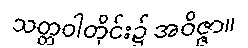
သတ္တဝါတိုင်း၌ အဝိဇ္ဇာ။